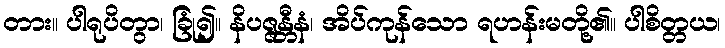
တား။ ပါရုပိတွာ၊ ခြုံ၍။ နိပဇ္ဇန္တီနံ၊ အိပ်ကုန်သော ရဟန်းမတို့၏။ ပါစိတ္တယ၊